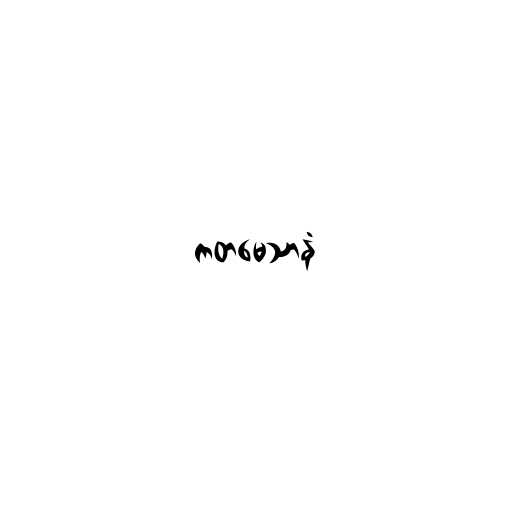
ကတမေသာနံ